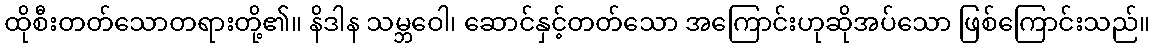
ထိုစီးတတ်သောတရားတို့၏။ နိဒါန သမ္ဘဝေါ၊ ဆောင်နှင့်တတ်သော အကြောင်းဟုဆိုအပ်သော ဖြစ်ကြောင်းသည်။